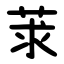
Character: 莍